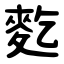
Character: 麧